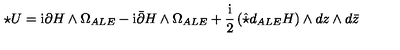
\star U = \mathrm { i } \partial H \wedge \Omega _ { A L E } - \mathrm { i } \bar { \partial } H \wedge \Omega _ { A L E } + \frac { \mathrm { i } } { 2 } \left( \hat { \star } d _ { A L E } H \right) \wedge d z \wedge d \bar { z }